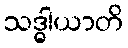
သဒ္ဓါယာတိ